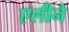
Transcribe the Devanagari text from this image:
एलीने